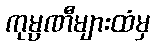
ကုမ္ပဏီများထံမှ